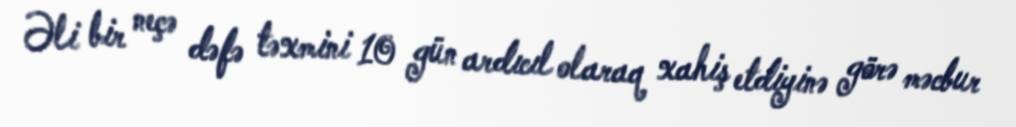
Əli bir neçə dəfə təxmini 10 gün ardıcıl olaraq xahiş etdiyinə görə məcbur